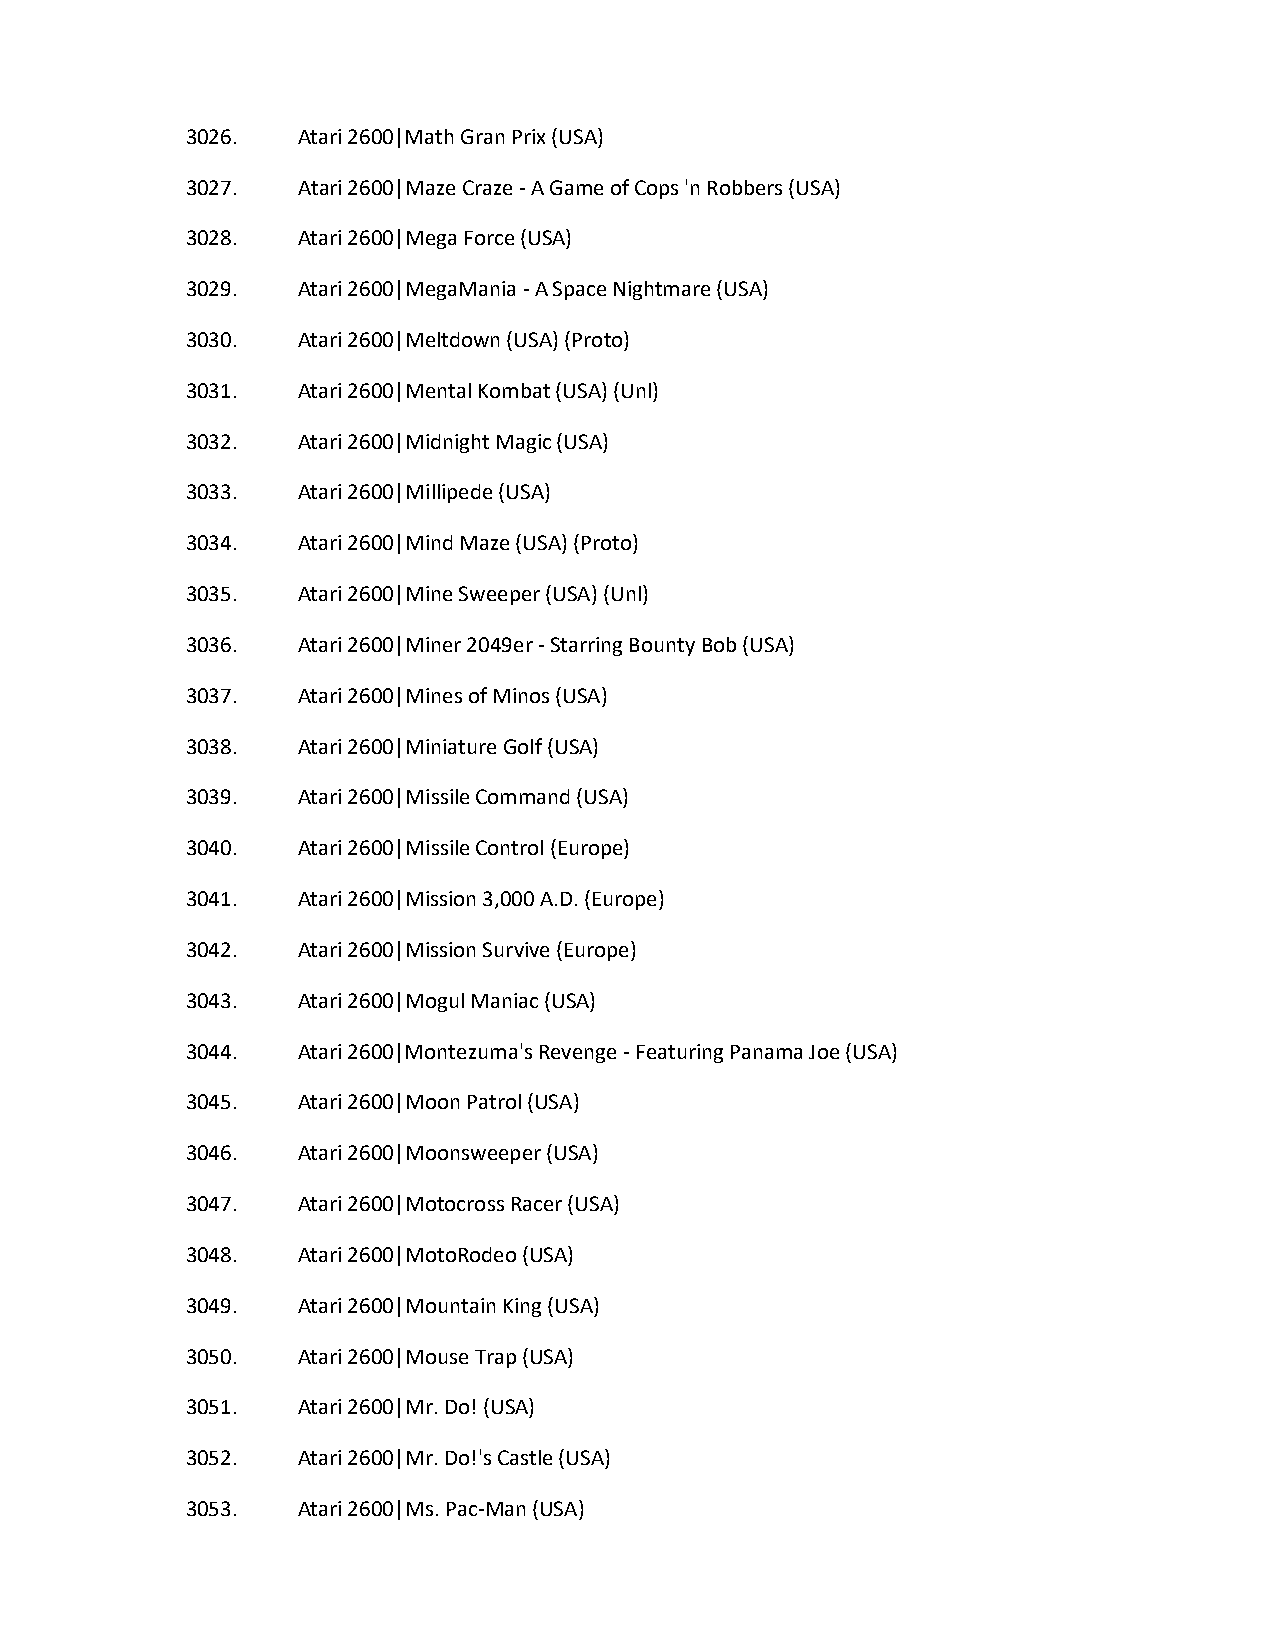
3026.   Atari 2600|Math Gran Prix (USA)
 3027.   Atari 2600|Maze Craze - A Game of Cops 'n Robbers (USA)
 3028.   Atari 2600|Mega Force (USA)
 3029.   Atari 2600|MegaMania - A Space Nightmare (USA)
 3030.   Atari 2600|Meltdown (USA) (Proto)
 3031.   Atari 2600|Mental Kombat (USA) (Unl)
 3032.   Atari 2600|Midnight Magic (USA)
 3033.   Atari 2600|Millipede (USA)
 3034.   Atari 2600|Mind Maze (USA) (Proto)
 3035.   Atari 2600|Mine Sweeper (USA) (Unl)
 3036.   Atari 2600|Miner 2049er - Starring Bounty Bob (USA)
 3037.   Atari 2600|Mines of Minos (USA)
 3038.   Atari 2600|Miniature Golf (USA)
 3039.   Atari 2600|Missile Command (USA)
 3040.   Atari 2600|Missile Control (Europe)
 3041.   Atari 2600|Mission 3,000 A.D. (Europe)
 3042.   Atari 2600|Mission Survive (Europe)
 3043.   Atari 2600|Mogul Maniac (USA)
 3044.   Atari 2600|Montezuma's Revenge - Featuring Panama Joe (USA)
 3045.   Atari 2600|Moon Patrol (USA)
 3046.   Atari 2600|Moonsweeper (USA)
 3047.   Atari 2600|Motocross Racer (USA)
 3048.   Atari 2600|MotoRodeo (USA)
 3049.   Atari 2600|Mountain King (USA)
 3050.   Atari 2600|Mouse Trap (USA)
 3051.   Atari 2600|Mr. Do! (USA)
 3052.   Atari 2600|Mr. Do!'s Castle (USA)
 3053.   Atari 2600|Ms. Pac-Man (USA)